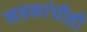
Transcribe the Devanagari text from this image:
खडकांचीही